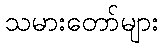
သမားတော်များ